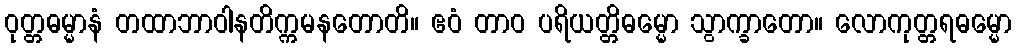
ဝုတ္တဓမ္မာနံ တထာဘာဝါနတိက္ကမနတောတိ။ ဧဝံ တာဝ ပရိယတ္တိဓမ္မော သွာက္ခာတော။ လောကုတ္တရဓမ္မော